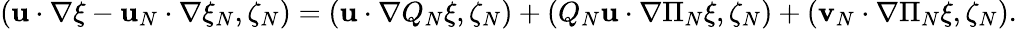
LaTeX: \begin{array}{r}{\left(\mathbf{u}\cdot\nabla\xi-\mathbf{u}_{N}\cdot\nabla\xi_{N},\zeta_{N}\right)=\left(\mathbf{u}\cdot\nabla Q_{N}\xi,\zeta_{N}\right)+\left(Q_{N}\mathbf{u}\cdot\nabla\Pi_{N}\xi,\zeta_{N}\right)+\left(\mathbf{v}_{N}\cdot\nabla\Pi_{N}\xi,\zeta_{N}\right).}\end{array}